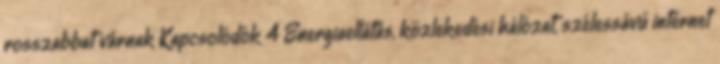
rosszabbat várnak Kapcsolódók 4 Energiaellátás, közlekedési hálózat, szélessávú internet